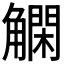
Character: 𲁞